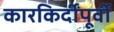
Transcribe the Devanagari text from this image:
कारकिर्दींपूर्वी